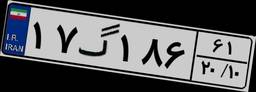
۱۷گ۱۸۶۶۱